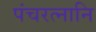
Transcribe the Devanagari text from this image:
पंचरत्नानि